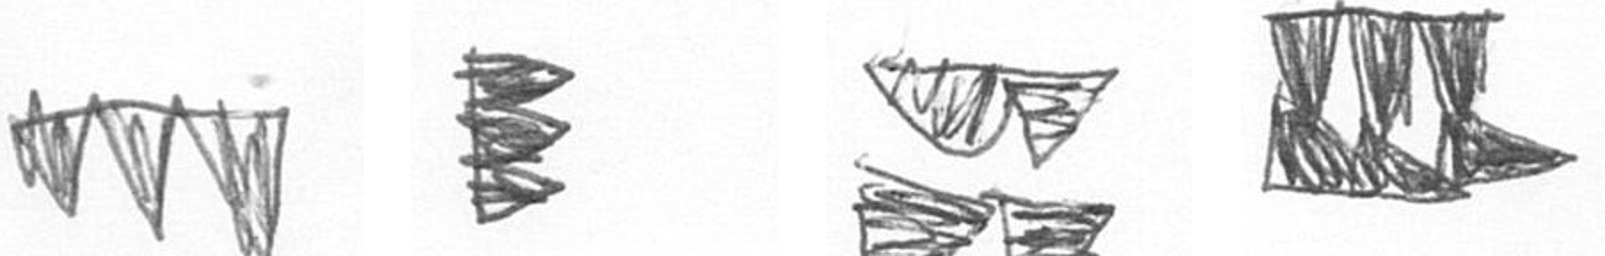
L H B D